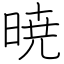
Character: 暁